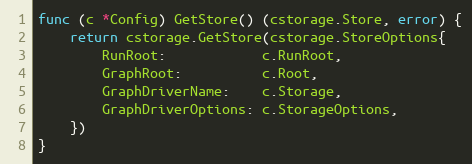
Language: Go
func (c *Config) GetStore() (cstorage.Store, error) {
	return cstorage.GetStore(cstorage.StoreOptions{
		RunRoot:            c.RunRoot,
		GraphRoot:          c.Root,
		GraphDriverName:    c.Storage,
		GraphDriverOptions: c.StorageOptions,
	})
}